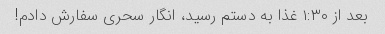
بعد از ١:٣٠ غذا به دستم رسید، انگار سحری سفارش دادم!